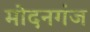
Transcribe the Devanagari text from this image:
मोदनगंज